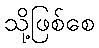
သို့ဖြစ်စေ